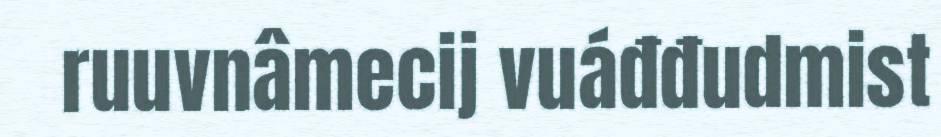
ruuvnâmecij vuáđđudmist